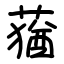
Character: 蕕